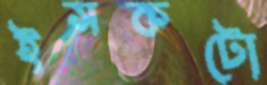
ইসকটো